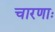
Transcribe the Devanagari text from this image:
चारणाः